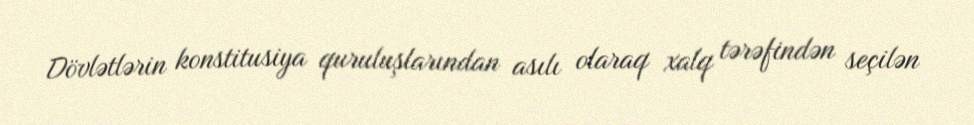
Dövlətlərin konstitusiya quruluşlarından asılı olaraq xalq tərəfindən seçilən